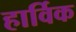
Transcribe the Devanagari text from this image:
हार्विक